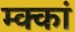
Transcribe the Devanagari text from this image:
म्क्कां